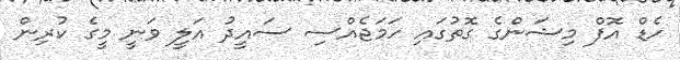
ހެޑް އޮފް މިޝަންގެ ގޮތުގައި ހަމަޖެއްސި ސައީދު އަލީ ވަނީ މީގެ ކުރިން